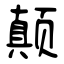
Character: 颠